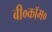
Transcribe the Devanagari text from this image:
बी०कॉम०